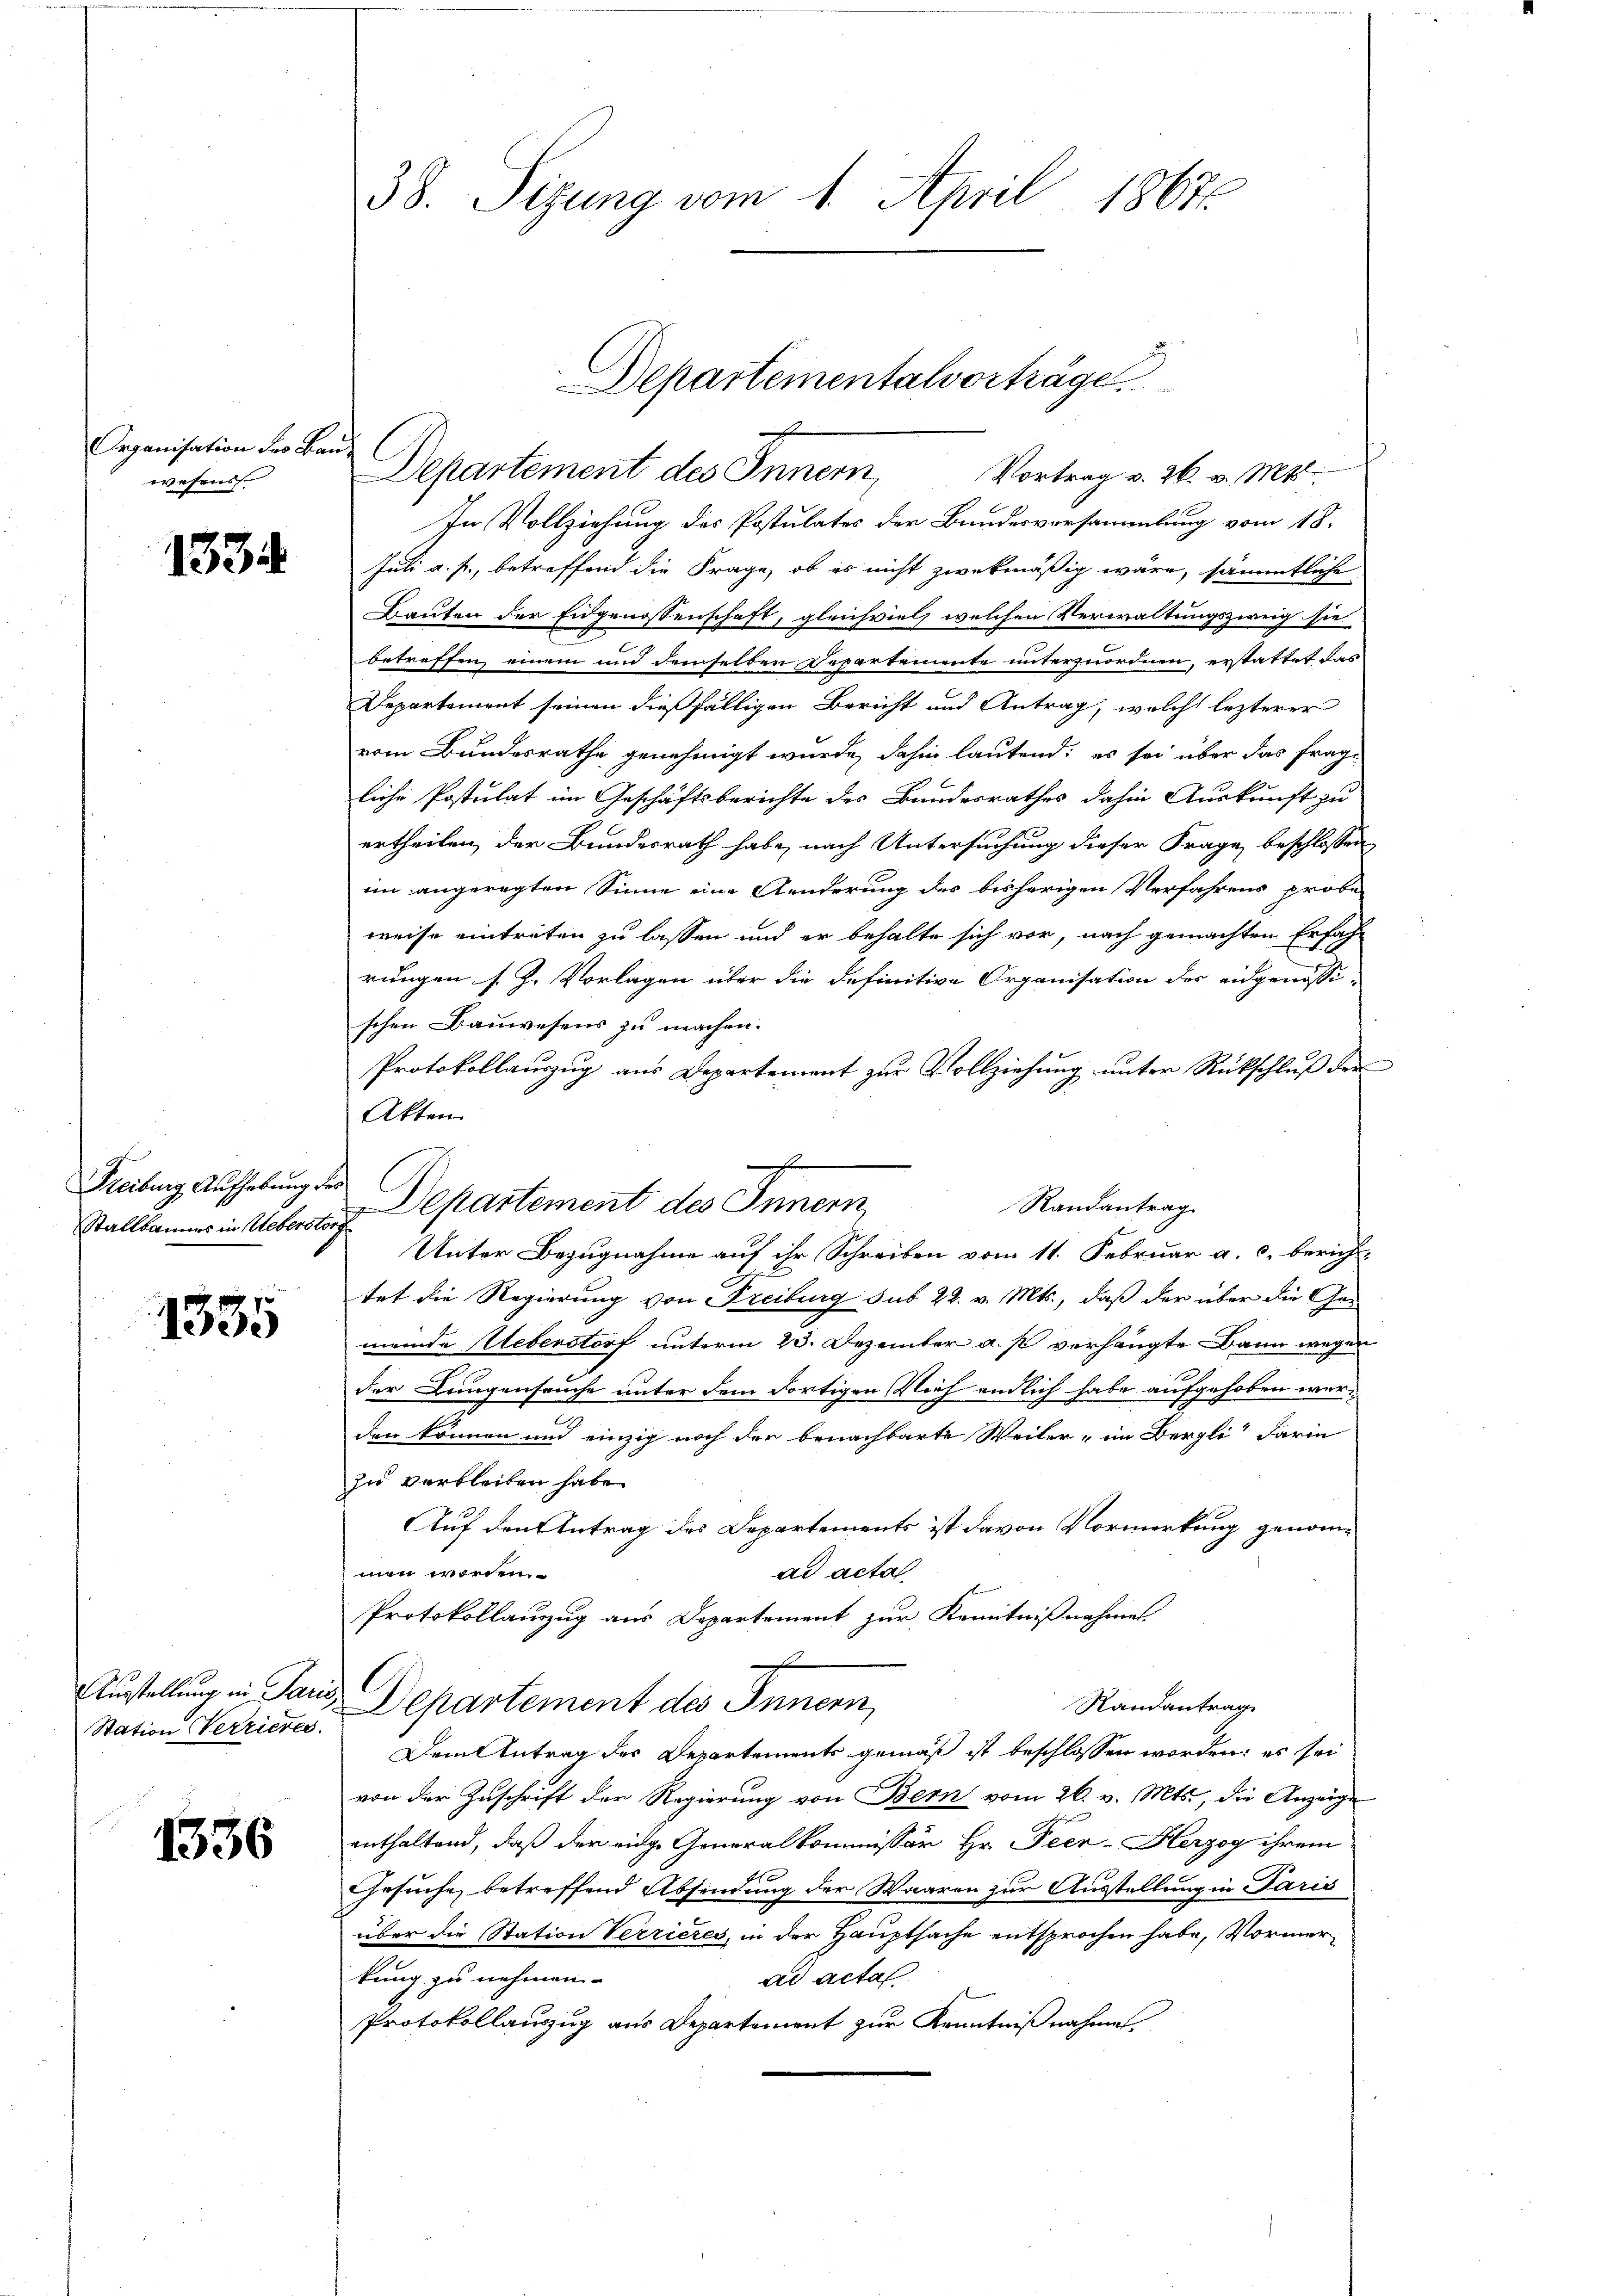
Organisation der Bauwesens |

1334

Freiburg Aufhebung des
Stallbannes in Ueberstorf

1335

Station Verrieres.

1336

38. Sizung vom 1. April 1867

In Vollziehung des Postulates der Bundesversammlung vom 18.
Juli a. f., betreffend die Frage, ob es nicht zwekmäßig wäre, sämmtliche
Bauten der Eidgenossenschaft, gleichviel welchen Verwaltungszweig sie
betreffen, einem und demselben Departemente unterzuordnen, erstattet das
Departement seinen dießfälligen Bericht und Antrag, welche lezterer
vom Bundesrathe genehmigt wurde, dahin lautend; es sei über das fragliche Postulat im Geschäftsberichte des Bundesrathes dahin Auskunft zu
ertheilen, der Bundesrath habe, nach Untersuchung dieser Frage beschlossen
im angeregten Sinne eine Aenderung des bisherigen Verfahrens probe-
weise eintreten zu lassen und er behalte sich vor, nach gemachten Erfah
rungen s. Z. Vorlagen über die definitive Organisation des eidgenössi-
schen Bauwesens zu machen.
Protokollauszug aus Departement zur Vollziehung unter Rückschluß der
Akten
Departement des Innern,
Randantrag
Unter Bezugnahme auf ihr Schreiben vom 11. Februar a. c. berich-
tet die Regierung von Freiburg sub 22. v. Mts., daß der über die Gemeinde Ueberstorf unterm 23. Dezember a. p. verhängte Dann wegen
der Lungenseuche unter dem dortigen Vieh endlich habe aufgehoben werden können und einzig noch der benachbarte Weiler - im Bergli“ darin
zu verbleiben habe.
Auf den Antrag des Departements ist davon Vormerkung genomad acta
men worden.
Protokollauzzug aus Departement zur Kenntnißnahmes
.
Austellung in Paris Departement des Innern,
Randantrag
Dem Antrag des Departements gemäß ist beschlossen worden; es sei
von der Zuschrift der Regierung von Bern vom 26. v. Mts., die Anzeige
enthaltend, daß der eige Generalkommissär Hr. Peer-Herzog ihrem
Gesuche betreffend Abfindung der Waaren zur Ausstellung in Paris
über die Station Verrieres, in der Hauptsache entsprochen habe, Vormertung zu nehmen.
ad acta
Protokollauszug aus Departement zur Kenntnißnahmen.

Departementalvorträge
Departement des Innern,
Vortrag v. 26. v. Mts.